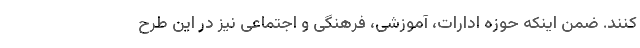
کنند. ضمن اینکه حوزه ادارات، آموزشی، فرهنگی و اجتماعی نیز در این طرح